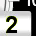
Digit: 2